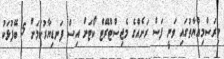
މިރަސްމިއްޔާތުގައި ވަނީ ފަސް ރަށެއްގެ މެޖިސްޓްރޭޓް ކޯޓަށް އިސް ފަނޑިޔާރުކަމަށް 5 ބޭފުޅަކު